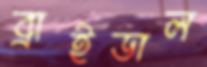
ব্রাইডাল